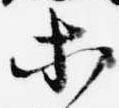
等